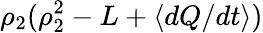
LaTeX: \rho_{2}(\rho_{2}^{2}-L+\langle dQ/dt\rangle)